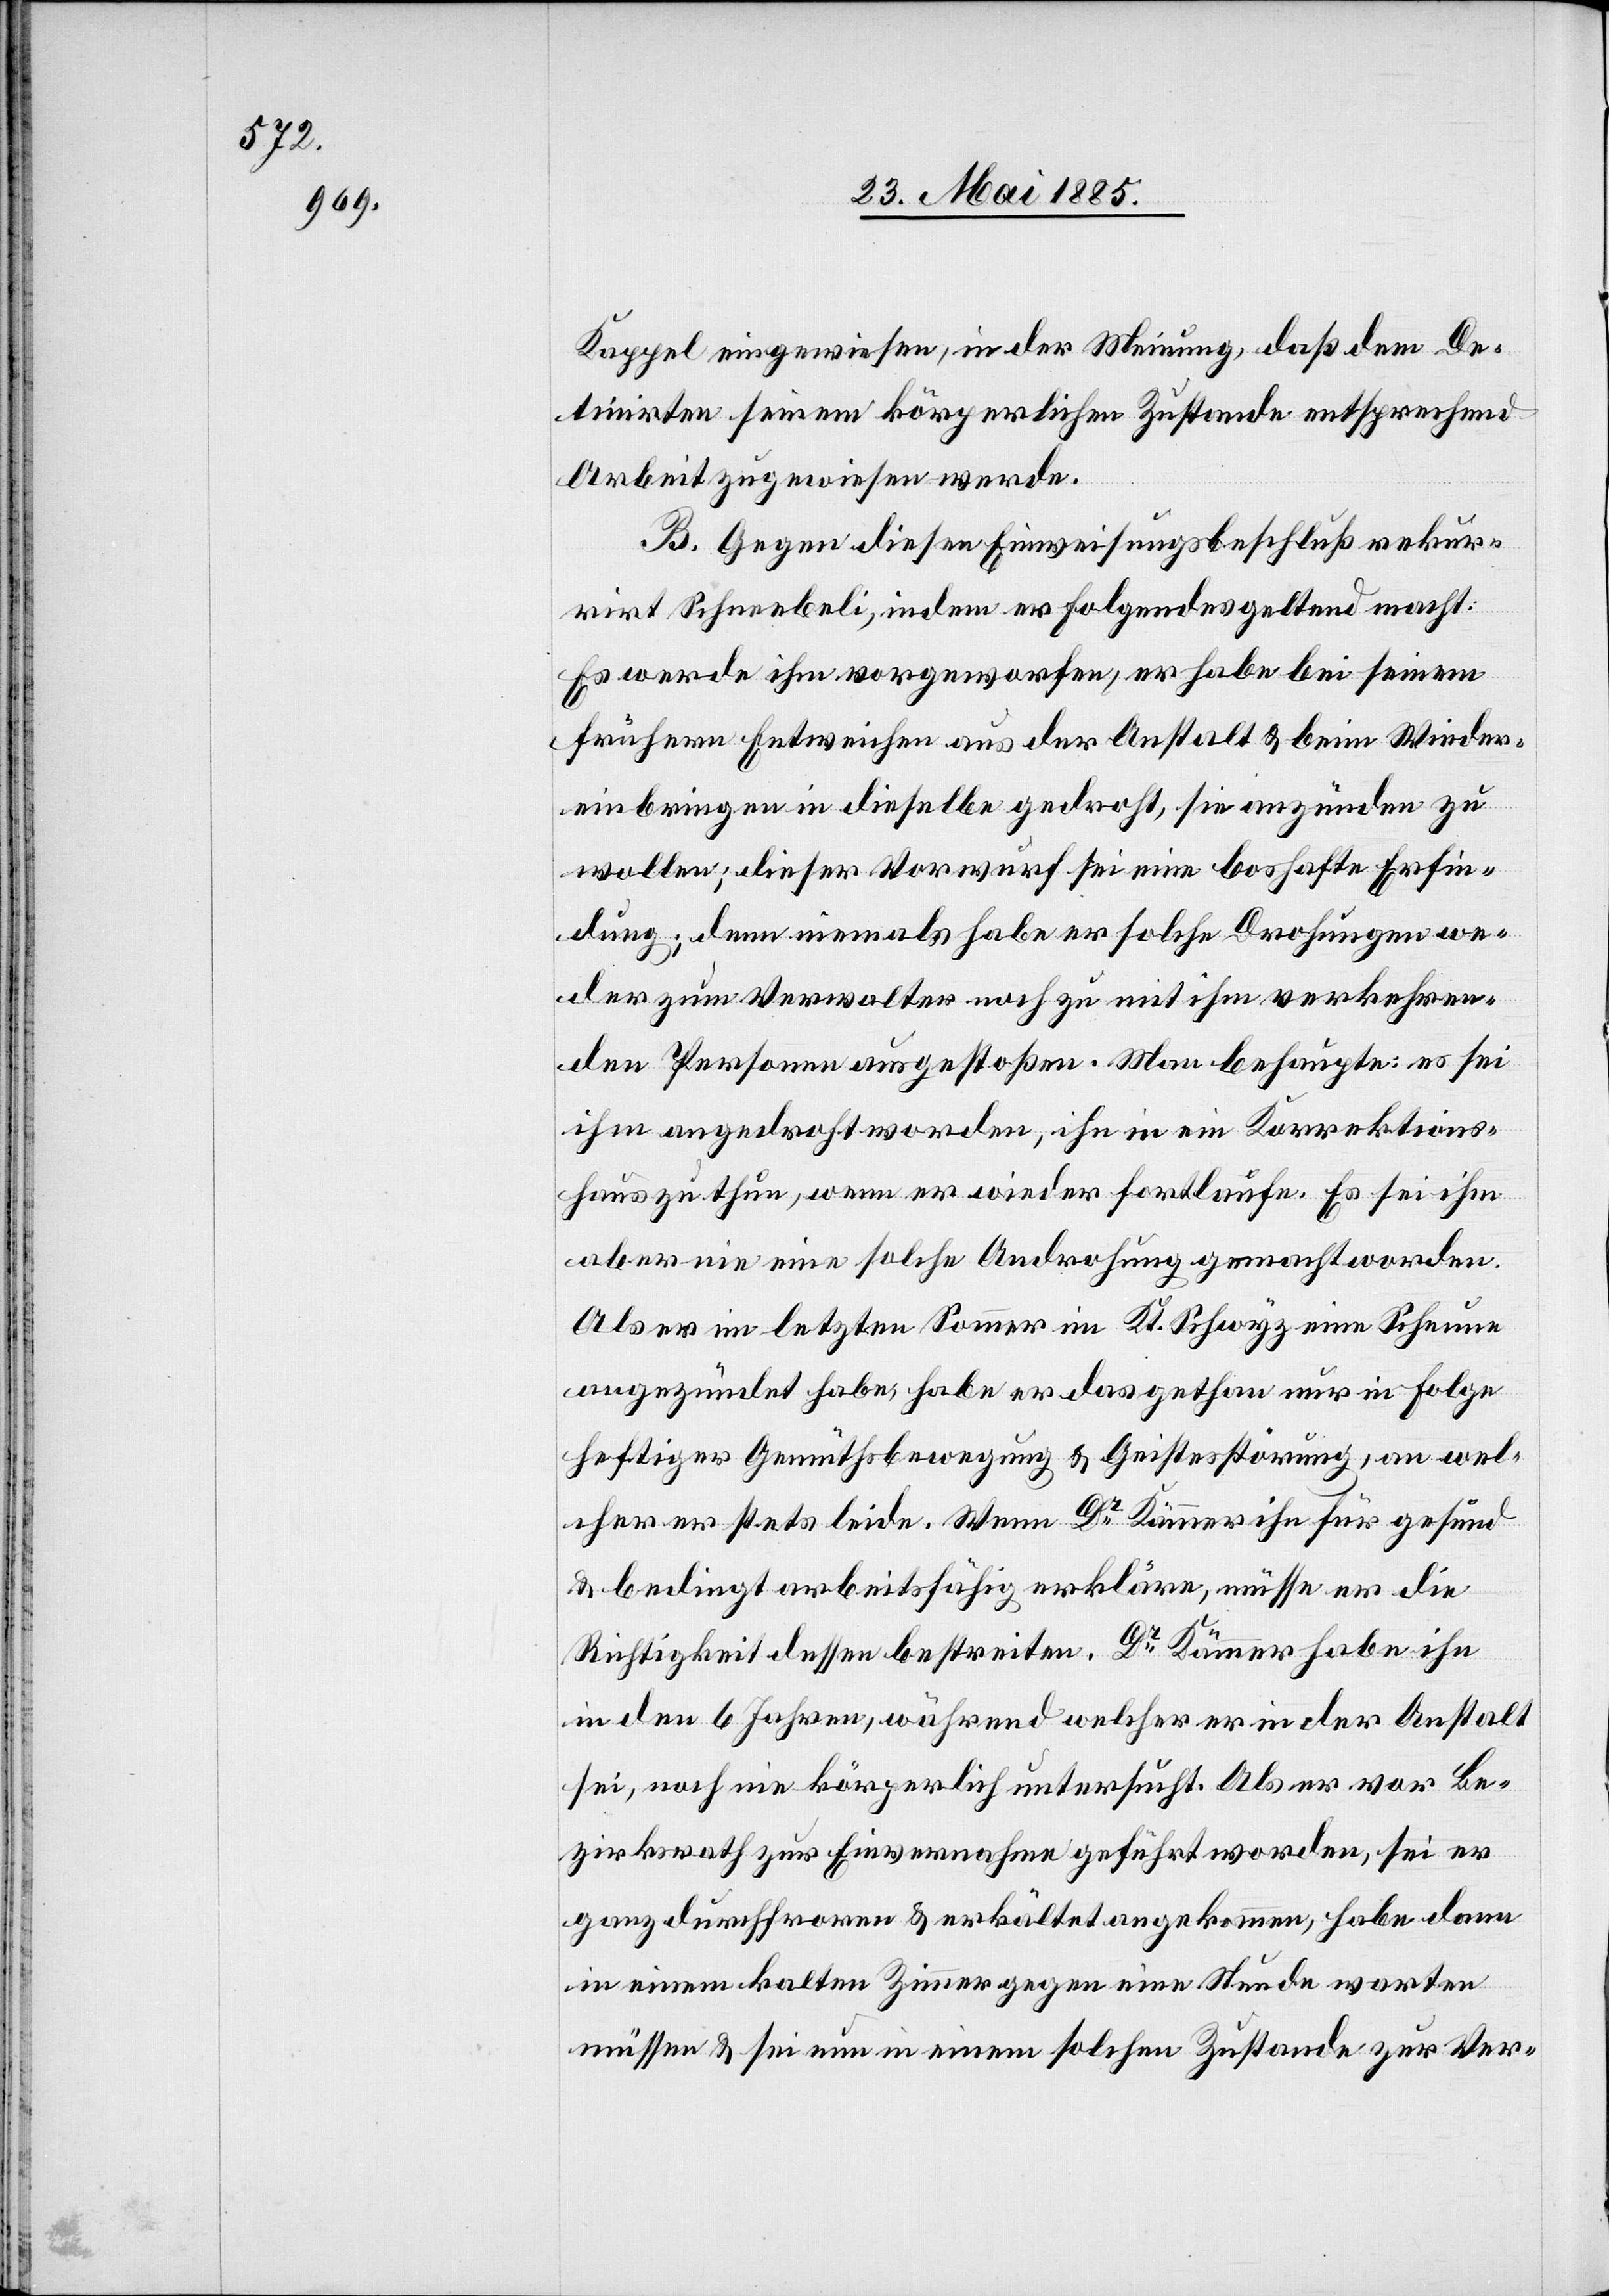
Kappel eingewiesen, in der Meinung, daß dem De¬
tinirten seinem körperlichen Zustande entsprechend
Arbeit zugewiesen werde.
B. Gegen diesen Einweisungsbeschluß rekur¬
rirt Schneebeli, indem er folgendes geltend macht:
Es werde ihm vorgeworfen, er habe bei seinem
frühern Entweichen aus der Anstalt & beim Wieder¬
bringen in dieselbe gedroht, sie anzünden zu
wollen; dieser Vorwurf sei eine boshafte Erfin¬
dung; denn niemals habe er solche Drohungen we¬
der zum Verwalter noch zu mit ihm verkehren¬
den Personen ausgestoßen. Man behaupte es sei
ihm angedroht worden, ihn in ein Korrektions¬
haus zu thun, wenn er wieder fortlaufe. Es sei ihm
aber nie eine solche Androhung gemacht worden.
Als er im letzten Sommer im Kt. Schwyz eine Scheune
angezündet habe, habe er das gethan nur in Folge
heftiger Gemüthsbewegung & Geistesstörung, an wel¬
cher er stets leide. Wenn Dr Kämmer ihn für gesund
& bedingt arbeitsfähig erkläre, müsse er die
Richtigkeit dessen bestreiten. Dr Kämmer habe ihn
in den 6 Jahren, während welcher er in der Anstalt
sei, noch nie körperlich untersucht. Als er vor Be¬
zirksrath zur Einvernahme geführt worden, sei er
ganz durchfroren & erkältet angekommen, habe dann
in einem kalten Zimmer gegen eine Stunde warten
müssen & sei nun in einem solchen Zustande zur Ver-